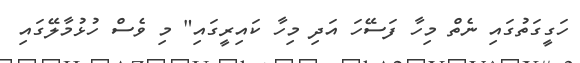
ހަގީގަތުގައި ނެތް މިހާ ފަސޭހަ އަދި މިހާ ކައިރީގައި" މި ވެސް ހުޅުމާލޭގައި